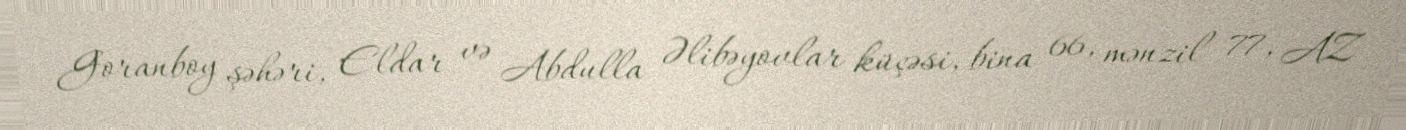
Goranboy şəhəri, Eldar və Abdulla Əlibəyovlar küçəsi, bina 66, mənzil 77, AZ